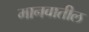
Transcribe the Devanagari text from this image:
मानवातील